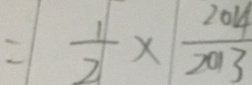
= \frac { 1 } { 2 } \times \frac { 2 0 1 4 } { 2 0 1 3 }